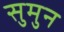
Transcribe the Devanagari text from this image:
सुमुन